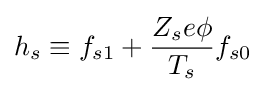
h_{s}\equiv f_{s1}+{\frac {Z_{s}e\phi }{T_{s}}}f_{s0}